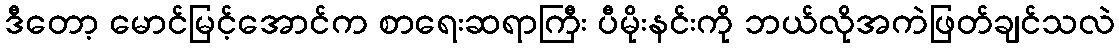
ဒီတော့ မောင်မြင့်အောင်က စာရေးဆရာကြီး ပီမိုးနင်းကို ဘယ်လိုအကဲဖြတ်ချင်သလဲ